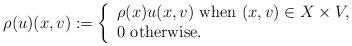
LaTeX: \begin{align*}\rho(u)(x,v):=\left\lbrace\begin{array}{l}\rho(x)u(x,v)\textrm{ when }(x,v)\in X\times V,\\0\textrm{ otherwise}.\end{array}\right.\end{align*}